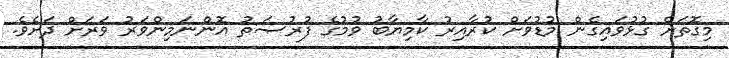
މިގޮތަށް ގުޅުވައިގެން މުޑުވަށް ކުރާއިރު ކާމިޔާބު ވުމުގެ ފުރުޞަތު އޮންނަމިންވަރު ވަރަށް ދަށެވެ.